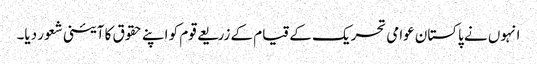
انہوں نے پاکستان عوامی تحریک کے قیام کے زریعے قوم کو اپنے حقوق کا آئینی شعور دیا۔